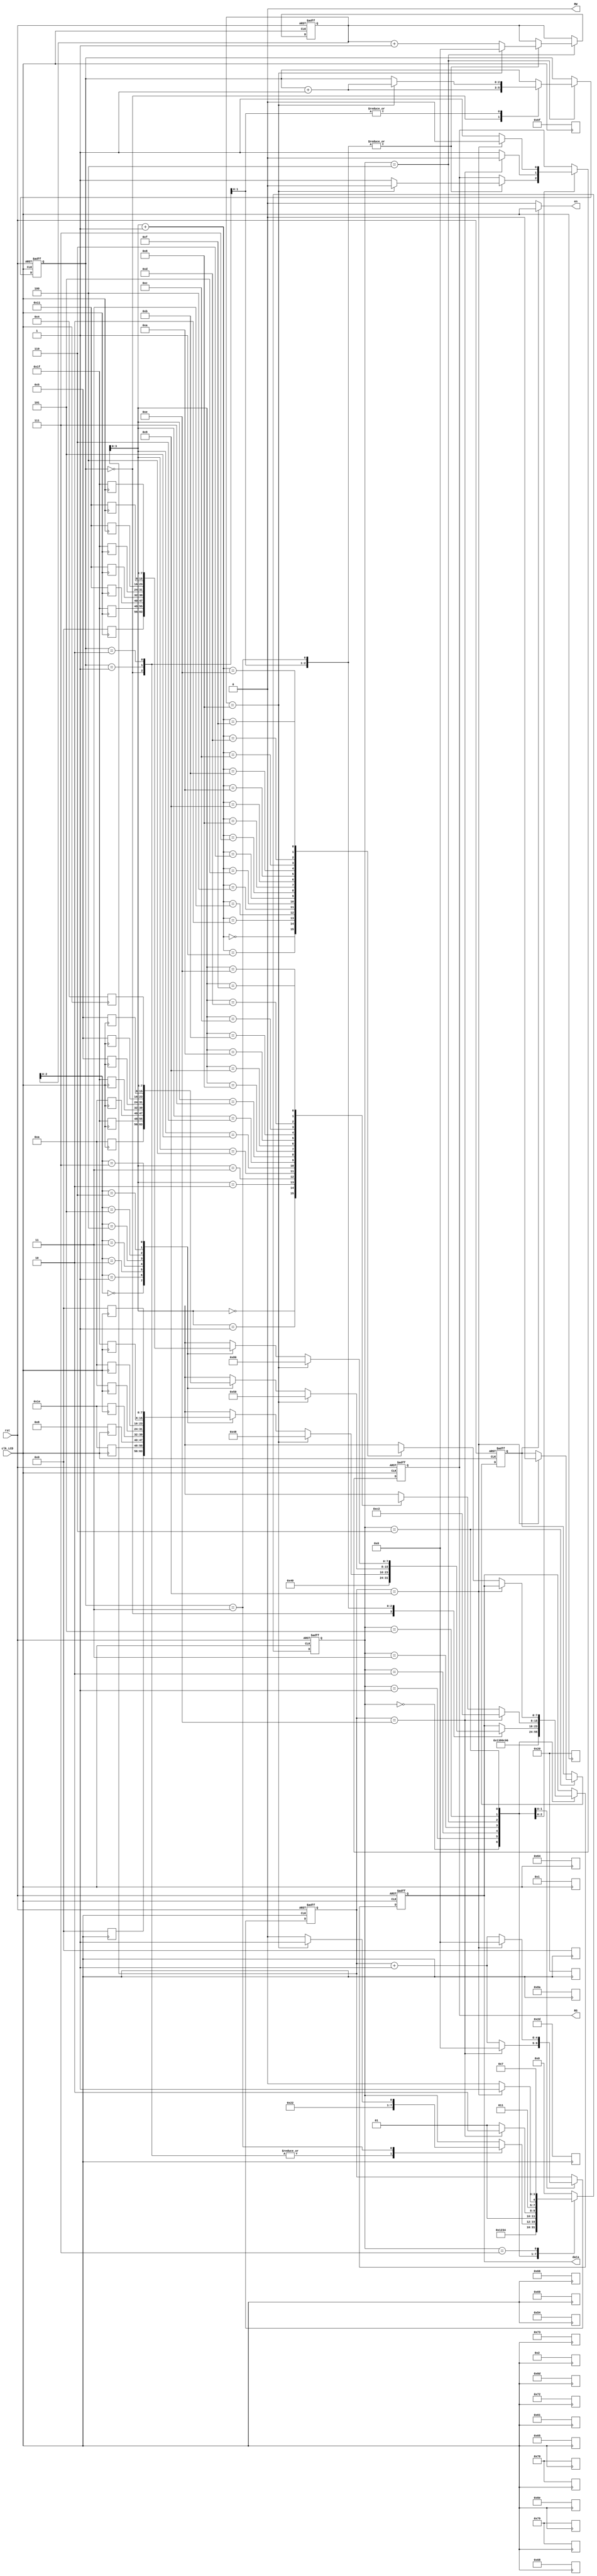
//****************************************************************************//
//# @Author: 
//# @Date:   2019-06-25 20:44:54
//# @Last Modified by:   zlk
//# @WeChat Official Account: OpenFPGA
//# @Last Modified time: 2019-06-25 20:45:32
//# Description: 
//# @Modification History: 2019-06-25 20:44:54
//# Date			    By			   Version			   Change Description: 
//# ========================================================================= #
//# 2019-06-25 20:44:54
//# ========================================================================= #
//# |                                          								| #
//# |                                OpenFPGA     							| #
//****************************************************************************//
//module: lcd_show.v
//data:2014-04-30
//addr: kb129         
//info: this is all the lcd module ,can show 8 zhongwen .
module lcd_show(
        clk_LCD,
        rst,
        en,
        RS,
        RW,
        data
);
input        clk_LCD;  // 500Hz
input        rst;      
output     en,RS,RW;
output   reg  [7:0]  data;
reg                 RS,en_sel;
reg      [4:0]    disp_count;
reg      [4:0]   wrtie_count;
reg      [2:0]   num;
reg      [3:0]   state;
parameter   clear_lcd           = 4'b0000,                    //
                  set_disp_mode   = 4'b0001,                    //825x7   
                  disp_on             = 4'b0010,                   //
                      shift_down    = 4'b0011,                    //
                    write_cgram    = 4'b0100,                    //CGRAM  
                  write_data_first  = 4'b0101,                    //
             write_data_second  = 4'b0110,                    //
                                 idel     = 4'b0111;                    //   
assign  RW = 1'b0;                            //RW=0LCD
assign  en = en_sel ? clk_LCD : 1'b0;
   
reg [7:0] data_character  [7:0];    //this is    00H
reg [7:0] data_character2 [7:0];    //           01H
reg [7:0] data_character3 [7:0];   //           02H
always @(posedge clk_LCD )
begin
    data_character[0] <= 8'h00;
    data_character[1] <= 8'h1e;
    data_character[2] <= 8'h08;
    data_character[3] <= 8'h1e;
    data_character[4] <= 8'h0a;
    data_character[5] <= 8'h0a;
    data_character[6] <= 8'h1F;
    data_character[7] <= 8'h00;
    data_character2[0] <= 8'h0A;
    data_character2[1] <= 8'h1f;
    data_character2[2] <= 8'h0A;
    data_character2[3] <= 8'h1f;
    data_character2[4] <= 8'h05;
    data_character2[5] <= 8'h05;
    data_character2[6] <= 8'h05;
    data_character2[7] <= 8'h04;
    data_character3[0] <= 8'h00;
    data_character3[1] <= 8'h1F;
    data_character3[2] <= 8'h11;
    data_character3[3] <= 8'h11;
    data_character3[4] <= 8'h1f;
    data_character3[5] <= 8'h11;
    data_character3[6] <= 8'h11;
    data_character3[7] <= 8'h1f;
end

reg [7:0]     data_first_line      [15:0];  //first line show data
reg [7:0]     data_second_line [15:0];  //second line show data
always @(posedge clk_LCD )
begin
   data_first_line[0] <= 8'h54;
   data_first_line[1] <= 8'h6F;
   data_first_line[2] <= 8'h20;
   data_first_line[3] <= 8'h6d;
   data_first_line[4] <= 8'h79;
   data_first_line[5] <= 8'h20;
   data_first_line[6] <= 8'h66;
   data_first_line[7] <= 8'h72;
   data_first_line[8] <= 8'h69;
   data_first_line[9] <= 8'h65;
   data_first_line[10] <= 8'h6e;
   data_first_line[11] <= 8'h64;
   data_first_line[12] <= 8'h73;
   data_first_line[13] <= 8'h8a;
 data_second_line[1] <= 8'h00;
 data_second_line[2] <= 8'h2d;
 data_second_line[3] <= 8'h01;
 data_second_line[4] <= 8'h02;
 data_second_line[5] <= 8'h68;
 data_second_line[6] <= 8'h61;
 data_second_line[7] <= 8'h70;
 data_second_line[8] <= 8'h70;
 data_second_line[9] <= 8'h79;
end

always @(posedge clk_LCD or negedge rst)
begin
   if(!rst)
      begin
          state         <= clear_lcd;             //  
          RS             <= 1'b0;                  //RS=0                      
          data          <= 8'b0;                  //DB80
          en_sel        <= 1'b1;                  //
          disp_count <= 5'b0;
                 num   <= 3'b0;
        wrtie_count <= 5'b0;
      end
   else
      case(state)
      clear_lcd:                               //LCD
             begin          //
                state  <= set_disp_mode;
                data  <= 8'h01;               
             end
      set_disp_mode:        //825x8 
             begin
                state  <= disp_on;
                data  <= 8'h38;                              
             end
      disp_on:            //
             begin
                state  <= shift_down;
                data  <= 8'h0c;                           
             end
      shift_down:        // 
            begin
                state  <= write_cgram;
                data  <= 8'h06;                         
            end
      write_cgram:       //CGRAM
            begin
    case(num)
    0:begin
             data  <= 8'h40;        //the first character addr
             num   <= num+1;
             state <= write_cgram;
      end
    1:begin
             if(wrtie_count==8)
                  begin
                        data <= 8'h48;  //the second character addr
                        RS   <= 1'b0;
                        num  <= num+1;
                        state<= write_cgram;
                        wrtie_count <= 0;
                 end
           else
                 begin
                        data <= data_character[wrtie_count];
                        RS   <= 1'b1;
                        wrtie_count <= wrtie_count + 1'b1;
                        state     <= write_cgram;
                   end          
      end
    2:begin
            if(wrtie_count==8)
                  begin
                          data <= 8'h50;  //the second character addr
                          RS   <= 1'b0;
                          num  <= num+1;
                          state<= write_cgram;
                          wrtie_count <= 0;
                   end
             else
                   begin
                        data <= data_character2[wrtie_count];
                        RS   <= 1'b1;
                        wrtie_count <= wrtie_count + 1'b1;
                        state     <= write_cgram;
                 end      
      end
    3:begin
            if(wrtie_count==8)
                   begin
                           data <= 8'h80;  //the DDROM first line start addr
                           RS   <= 1'b0;

                           state<= write_data_first;
                          wrtie_count <= 0;
                   end
           else
                   begin
                         data <= data_character3[wrtie_count];
                         RS   <= 1'b1;
                         wrtie_count <= wrtie_count + 1'b1;
                        state     <= write_cgram;
                   end      
      end
       endcase
   end
      write_data_first:              //                         
            begin
                if(disp_count == 14)                      
                    begin
                        data    <= 8'hc2;               
                        RS     <= 1'b0;
                        disp_count   <= 4'b0;
                        state    <= write_data_second;        
                    end
                else
                    begin
                        data    <= data_first_line[disp_count];
                        RS     <= 1'b1;                  
                        disp_count   <= disp_count + 1'b1;
                        state    <= write_data_first;
                    end
            end
      write_data_second:                      //
            begin
                if(disp_count == 9)
                    begin
                        en_sel   <= 1'b0;
                        RS    <= 1'b0;
                        disp_count  <= 4'b0;
                        state   <= idel;                     
                    end
                else
                    begin
                        data    <= data_second_line[disp_count+1];
                        RS     <= 1'b1;
                        disp_count   <= disp_count + 1'b1;
                        state    <= write_data_second;
                    end             
            end
      idel:            //
            begin
                state <=  idel;             //Idel 
            end
      default:  state <= clear_lcd;         //statestateClear_Lcd
      endcase
end
endmodule